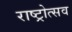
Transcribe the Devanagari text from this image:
राष्ट्रोत्सव